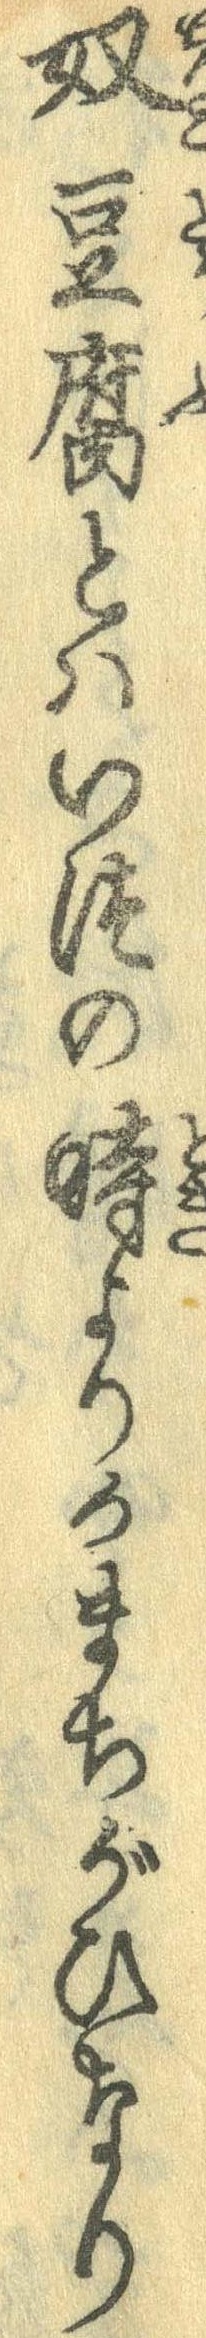
奴豆腐とはいつの時よりかまちがひなり